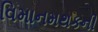
વિમાનમથકની